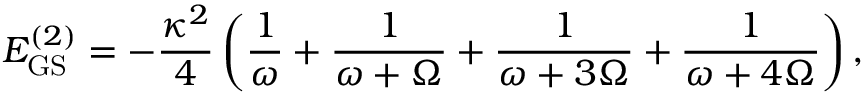
E _ { \mathrm { G S } } ^ { ( 2 ) } = - \frac { \kappa ^ { 2 } } { 4 } \left( \frac { 1 } { \omega } + \frac { 1 } { \omega + \Omega } + \frac { 1 } { \omega + 3 \Omega } + \frac { 1 } { \omega + 4 \Omega } \right) ,